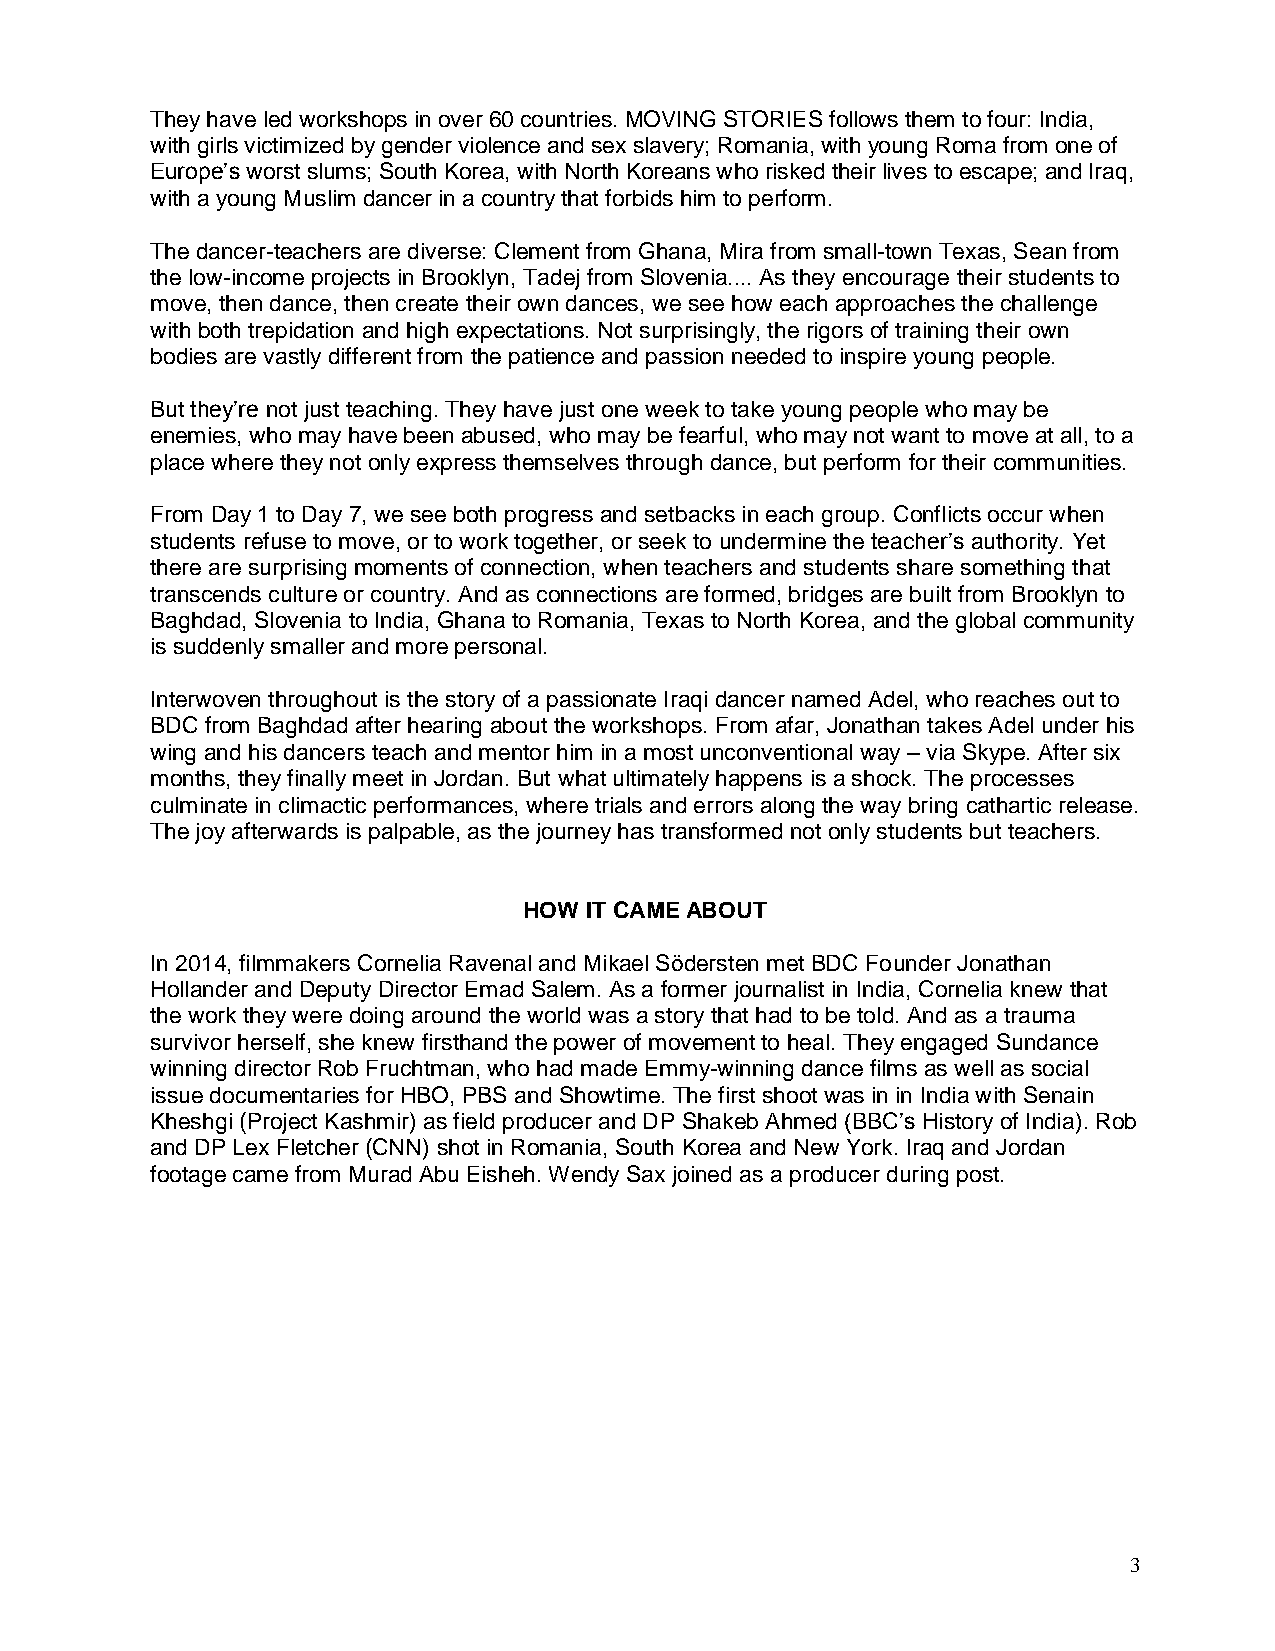
They have led workshops in over 60 countries. MOVING STORIES follows them to four: India,
 with girls victimized by gender violence and sex slavery; Romania, with young Roma from one of
 Europe’s worst slums; South Korea, with North Koreans who risked their lives to escape; and Iraq,
 with a young Muslim dancer in a country that forbids him to perform.
 The dancer-teachers are diverse: Clement from Ghana, Mira from small-town Texas, Sean from
 the low-income projects in Brooklyn, Tadej from Slovenia.... As they encourage their students to
 move, then dance, then create their own dances, we see how each approaches the challenge
 with both trepidation and high expectations. Not surprisingly, the rigors of training their own
 bodies are vastly different from the patience and passion needed to inspire young people.
 But they’re not just teaching. They have just one week to take young people who may be
 enemies, who may have been abused, who may be fearful, who may not want to move at all, to a
 place where they not only express themselves through dance, but perform for their communities.
 From Day 1 to Day 7, we see both progress and setbacks in each group. Conflicts occur when
 students refuse to move, or to work together, or seek to undermine the teacher’s authority. Yet
 there are surprising moments of connection, when teachers and students share something that
 transcends culture or country. And as connections are formed, bridges are built from Brooklyn to
 Baghdad, Slovenia to India, Ghana to Romania, Texas to North Korea, and the global community
 is suddenly smaller and more personal.
 Interwoven throughout is the story of a passionate Iraqi dancer named Adel, who reaches out to
 BDC from Baghdad after hearing about the workshops. From afar, Jonathan takes Adel under his
 wing and his dancers teach and mentor him in a most unconventional way – via Skype. After six
 months, they finally meet in Jordan. But what ultimately happens is a shock. The processes
 culminate in climactic performances, where trials and errors along the way bring cathartic release.
 The joy afterwards is palpable, as the journey has transformed not only students but teachers.
 HOW IT CAME ABOUT
 In 2014, filmmakers Cornelia Ravenal and Mikael Södersten met BDC Founder Jonathan
 Hollander and Deputy Director Emad Salem. As a former journalist in India, Cornelia knew that
 the work they were doing around the world was a story that had to be told. And as a trauma
 survivor herself, she knew firsthand the power of movement to heal. They engaged Sundance
 winning director Rob Fruchtman, who had made Emmy-winning dance films as well as social
 issue documentaries for HBO, PBS and Showtime. The first shoot was in in India with Senain
 Kheshgi (Project Kashmir) as field producer and DP Shakeb Ahmed (BBC’s History of India). Rob
 and DP Lex Fletcher (CNN) shot in Romania, South Korea and New York. Iraq and Jordan
 footage came from Murad Abu Eisheh. Wendy Sax joined as a producer during post.
 3